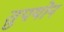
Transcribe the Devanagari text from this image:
तुपयोन